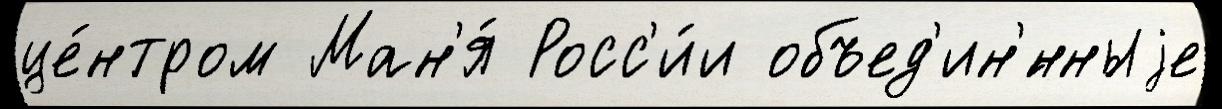
це́нтром Ман'я́ Росс'и́и объед'ин'́нныjе